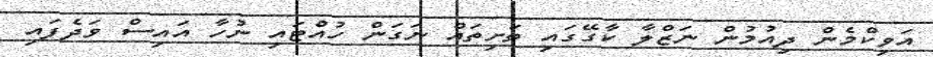
އަވިކްމެން ދިއުމުން ނަޒްލާ ކާގޭގައި ތަށިތައް ނަގަން ހުއްޓައި ނުހާ އައިސް ވަދެފައި